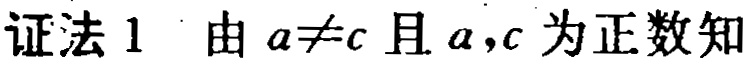
证法1 由 \(a\neq c\) 且 \(a,c\) 为正数知